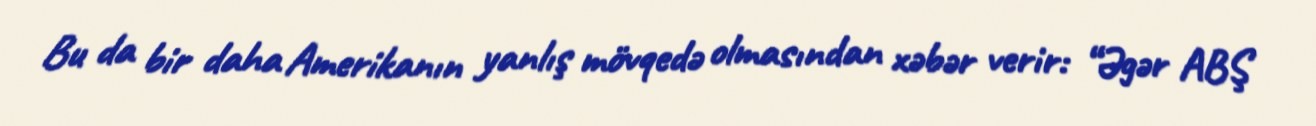
Bu da bir daha Amerikanın yanlış mövqedə olmasından xəbər verir: “Əgər ABŞ